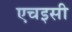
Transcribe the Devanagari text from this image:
एचइसी